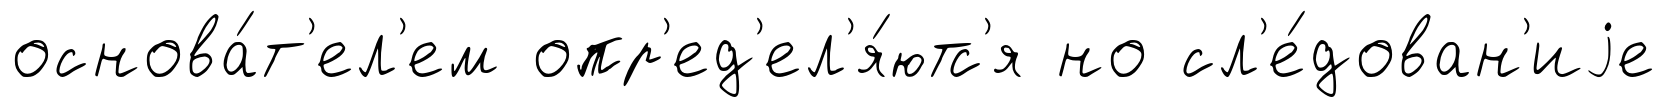
основа́т'ел'ем опр'ед'ел'я́ютс'я но сл'е́дован'иjе